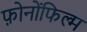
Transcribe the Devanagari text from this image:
फ़ोनोंफिल्म